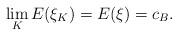
LaTeX: \begin{align*} \lim_K E (\xi_K) = E (\xi) = c_B.\end{align*}